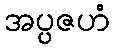
အပ္ပဇဟံ